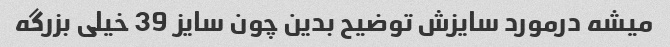
میشه درمورد سایزش توضیح بدین چون سایز 39 خیلی بزرگه